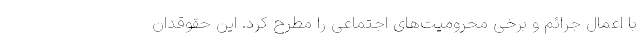
با اعمال جرائم و برخی محرومیت‌های اجتماعی را مطرح کرد. این حقوقدان